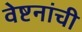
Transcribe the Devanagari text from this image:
वेष्टनांची